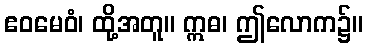
ဧဝမေဝံ၊ ထို့အတူ။ ဣဓ၊ ဤလောက၌။